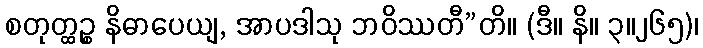
စတုတ္ထဉ္စ နိဓာပေယျ, အာပဒါသု ဘဝိဿတီ”တိ။ (ဒီ။ နိ။ ၃။၂၆၅)၊